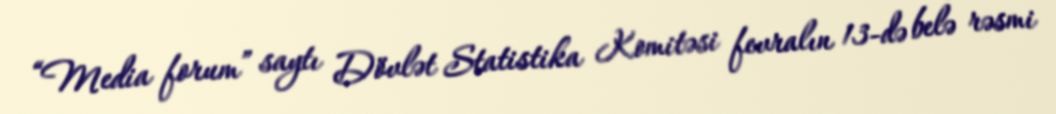
“Media forum” saytı Dövlət Statistika Komitəsi fevralın 13-də belə rəsmi